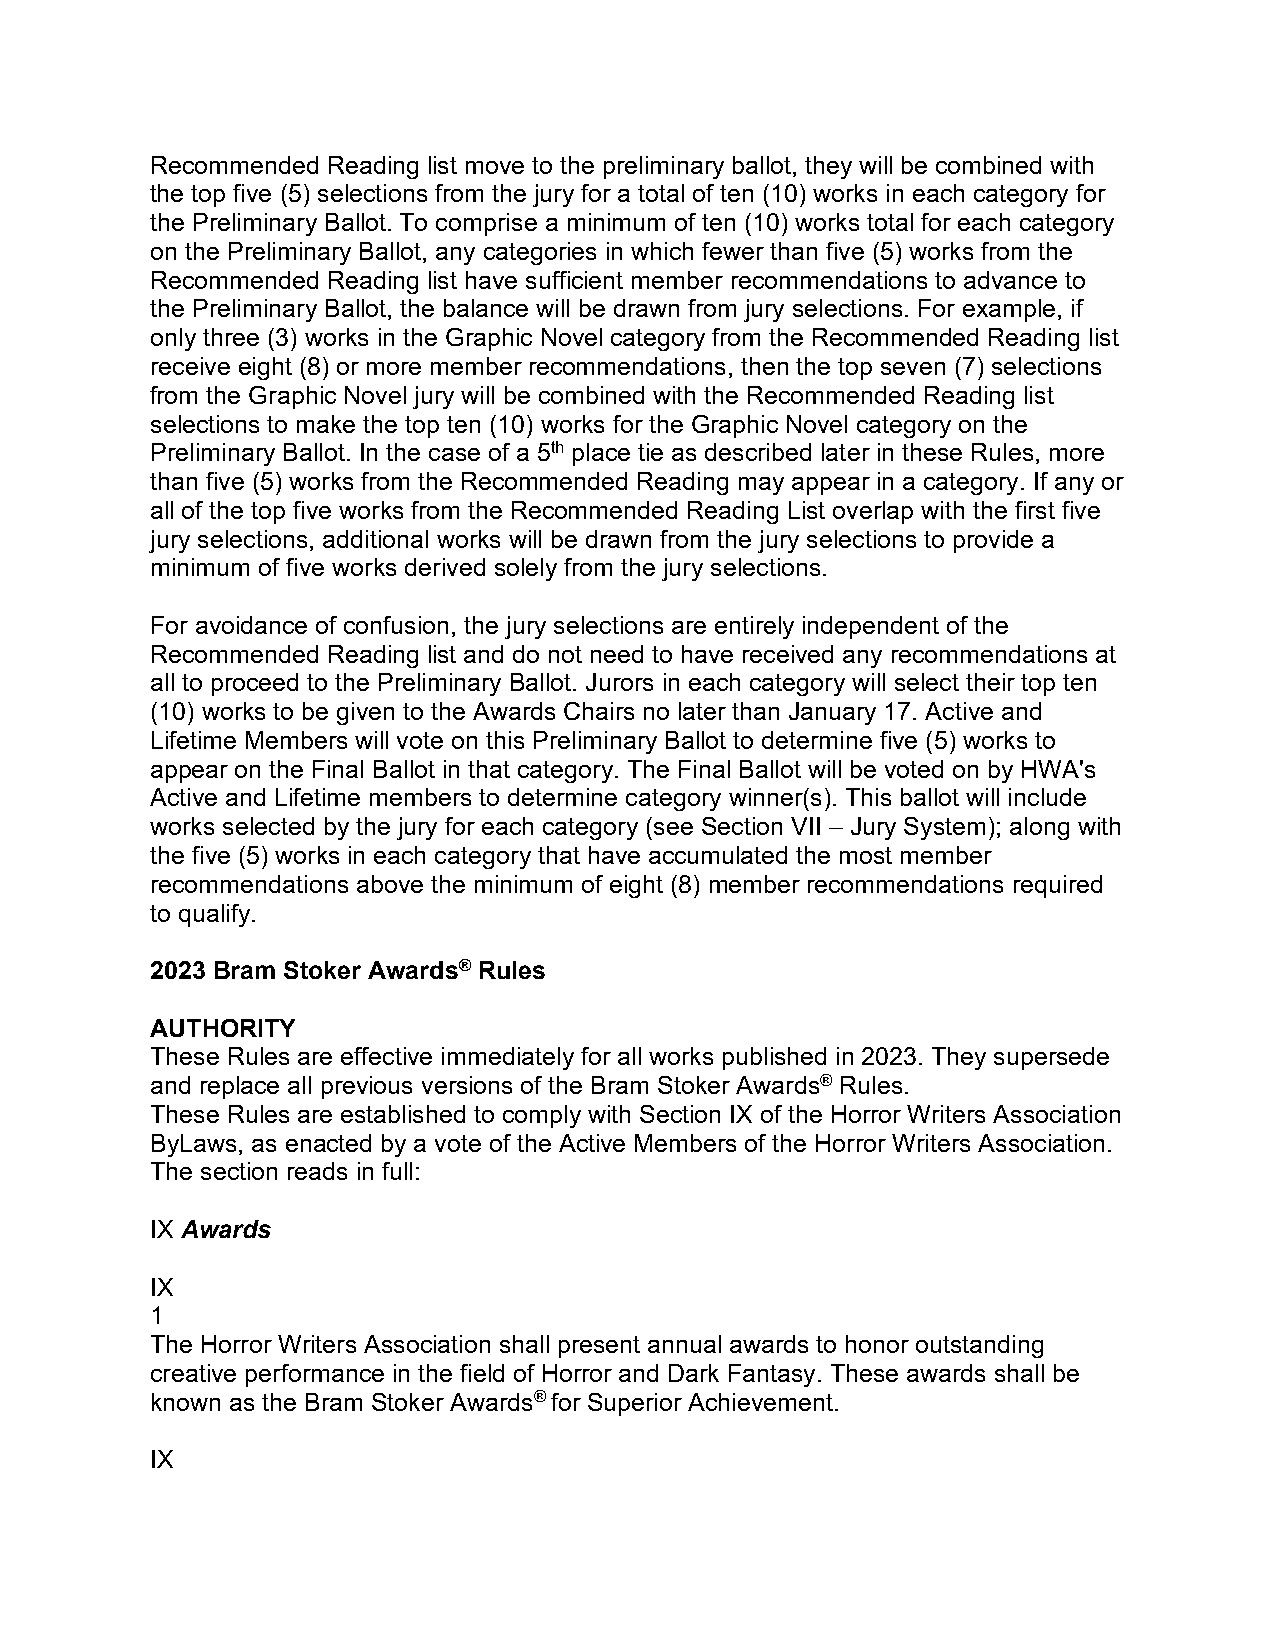
Recommended Reading list move to the preliminary ballot, they will be combined with
 the top five (5) selections from the jury for a total of ten (10) works in each category for
 the Preliminary Ballot. To comprise a minimum of ten (10) works total for each category
 on the Preliminary Ballot, any categories in which fewer than five (5) works from the
 Recommended Reading list have sufficient member recommendations to advance to
 the Preliminary Ballot, the balance will be drawn from jury selections. For example, if
 only three (3) works in the Graphic Novel category from the Recommended Reading list
 receive eight (8) or more member recommendations, then the top seven (7) selections
 from the Graphic Novel jury will be combined with the Recommended Reading list
 selections to make the top ten (10) works for the Graphic Novel category on the
 Preliminary Ballot. In the case of a 5th place tie as described later in these Rules, more
 than five (5) works from the Recommended Reading may appear in a category. If any or
 all of the top five works from the Recommended Reading List overlap with the first five
 jury selections, additional works will be drawn from the jury selections to provide a
 minimum of five works derived solely from the jury selections.
 For avoidance of confusion, the jury selections are entirely independent of the
 Recommended Reading list and do not need to have received any recommendations at
 all to proceed to the Preliminary Ballot. Jurors in each category will select their top ten
 (10) works to be given to the Awards Chairs no later than January 17. Active and
 Lifetime Members will vote on this Preliminary Ballot to determine five (5) works to
 appear on the Final Ballot in that category. The Final Ballot will be voted on by HWA's
 Active and Lifetime members to determine category winner(s). This ballot will include
 works selected by the jury for each category (see Section VII – Jury System); along with
 the five (5) works in each category that have accumulated the most member
 recommendations above the minimum of eight (8) member recommendations required
 to qualify.
 2023 Bram Stoker Awards® Rules
 AUTHORITY
 These Rules are effective immediately for all works published in 2023. They supersede
 and replace all previous versions of the Bram Stoker Awards® Rules.
 These Rules are established to comply with Section IX of the Horror Writers Association
 ByLaws, as enacted by a vote of the Active Members of the Horror Writers Association.
 The section reads in full:
 IX Awards
 IX
 1
 The Horror Writers Association shall present annual awards to honor outstanding
 creative performance in the field of Horror and Dark Fantasy. These awards shall be
 known as the Bram Stoker Awards® for Superior Achievement.
 IX